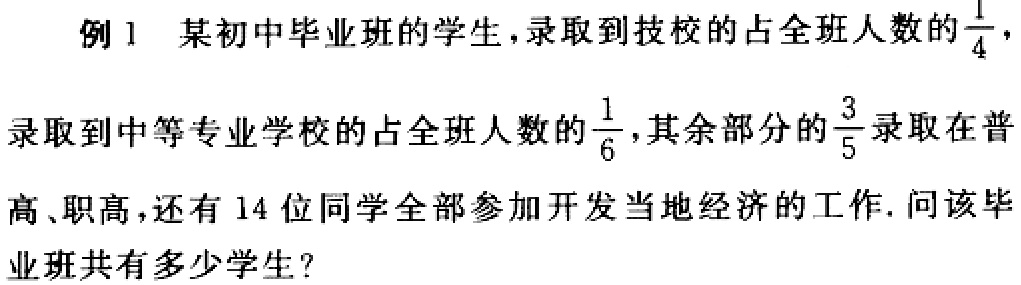
例1 某初中毕业班的学生，录取到技校的占全班人数的$\frac{1}{4}$，录取到中等专业学校的占全班人数的$\frac{1}{6}$，其余部分的$\frac{3}{5}$录取在普高、职高，还有14位同学全部参加开发当地经济的工作. 问该毕业班共有多少学生？